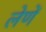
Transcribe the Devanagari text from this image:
लेणें